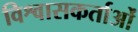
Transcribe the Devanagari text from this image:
विश्वासकर्ताओं